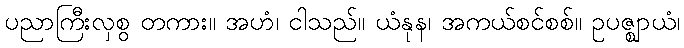
ပညာကြီးလှစွ တကား။ အဟံ၊ ငါသည်။ ယံနုန၊ အကယ်စင်စစ်။ ဥပဇ္ဈာယံ၊